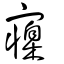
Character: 寱